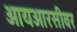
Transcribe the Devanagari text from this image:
आयआरसीवर